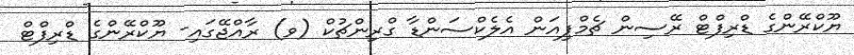
ޔޫކްރޭންގެ ޑްރިފްޓް ރޭސިން ޗެމްޕިއަން އެލެކްސަންޑާ ގްރިންޗުކް (ވ) ރާއްޖޭގައި- ޔޫކްރޭންގެ ޑްރިފްޓް